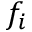
f _ { i }